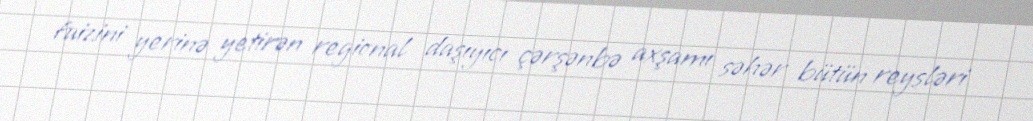
faizini yerinə yetirən regional daşıyıcı çərşənbə axşamı səhər bütün reysləri